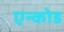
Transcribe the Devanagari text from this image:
एन्कोड